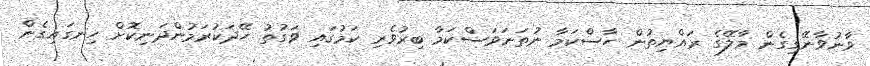
ވާނުވާނޭގިގެން މާލޭގެ ރައްޔިތުން ހާސްކަމާ ނުތަނަވަސްކަމާ ބިރުވެރި ކަމުގައި ވަގުތު ހޭދަކުރަމުންދަނިކޮށް ހިނގައިގެން